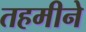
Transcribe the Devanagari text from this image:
तहमीने